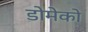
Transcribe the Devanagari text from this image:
डोमेको